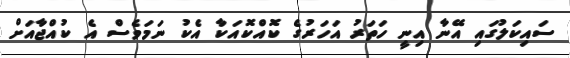
ސައިކަލުގައި އޭނާ އިނީ ހަތަރު އަހަރުގެ ކޮއްކޮއަކާ އެކު ނަމަވެސް އެ ކުއްޖާއަށް